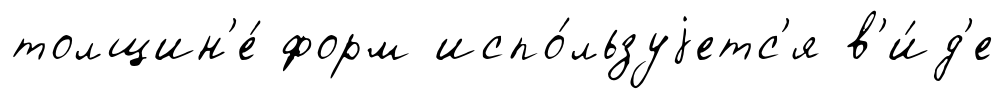
толщин'е́ форм испо́льзуjетс'я в'и́д'е